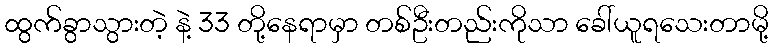
ထွက်ခွာသွားတဲ့ နဲ့ 33 တို့နေရာမှာ တစ်ဦးတည်းကိုသာ ခေါ်ယူရသေးတာမို့